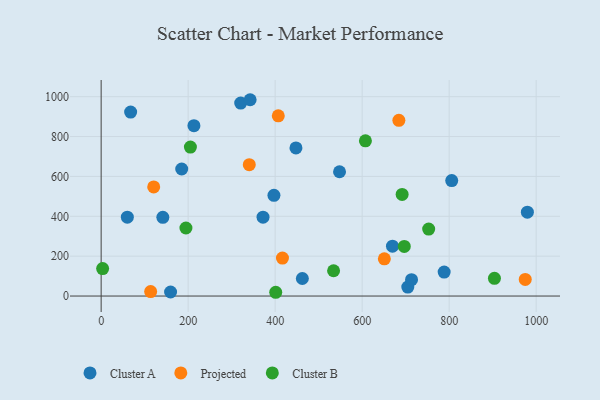
{"axis": {"x": "Investment", "y": "Profit"}, "legend": ["Cluster A", "Cluster B", "Projected"], "data": [{"x": "788.5", "y": 120.2, "type": "Cluster A"}, {"x": "979.8", "y": 420.7, "type": "Cluster A"}, {"x": "704.9", "y": 45.1, "type": "Cluster A"}, {"x": "159.6", "y": 20.3, "type": "Cluster A"}, {"x": "185.2", "y": 637.4, "type": "Cluster A"}, {"x": "397.2", "y": 505.2, "type": "Cluster A"}, {"x": "669.7", "y": 250.3, "type": "Cluster A"}, {"x": "67.8", "y": 922.9, "type": "Cluster A"}, {"x": "320.8", "y": 968.2, "type": "Cluster A"}, {"x": "372.1", "y": 395.8, "type": "Cluster A"}, {"x": "447.8", "y": 743.0, "type": "Cluster A"}, {"x": "141.8", "y": 394.9, "type": "Cluster A"}, {"x": "805.9", "y": 579.0, "type": "Cluster A"}, {"x": "213.3", "y": 854.7, "type": "Cluster A"}, {"x": "462.5", "y": 88.1, "type": "Cluster A"}, {"x": "548.0", "y": 623.5, "type": "Cluster A"}, {"x": "60.2", "y": 395.4, "type": "Cluster A"}, {"x": "713.5", "y": 81.9, "type": "Cluster A"}, {"x": "342.5", "y": 984.8, "type": "Cluster A"}, {"x": "407.2", "y": 903.8, "type": "Projected"}, {"x": "340.5", "y": 659.1, "type": "Projected"}, {"x": "684.4", "y": 881.5, "type": "Projected"}, {"x": "416.8", "y": 190.4, "type": "Projected"}, {"x": "651.0", "y": 186.8, "type": "Projected"}, {"x": "120.8", "y": 547.2, "type": "Projected"}, {"x": "974.9", "y": 83.4, "type": "Projected"}, {"x": "113.8", "y": 22.5, "type": "Projected"}, {"x": "752.9", "y": 336.1, "type": "Cluster B"}, {"x": "607.5", "y": 778.5, "type": "Cluster B"}, {"x": "696.8", "y": 248.8, "type": "Cluster B"}, {"x": "904.1", "y": 89.1, "type": "Cluster B"}, {"x": "534.3", "y": 127.0, "type": "Cluster B"}, {"x": "205.2", "y": 747.5, "type": "Cluster B"}, {"x": "194.9", "y": 341.3, "type": "Cluster B"}, {"x": "691.9", "y": 509.7, "type": "Cluster B"}, {"x": "3.4", "y": 137.7, "type": "Cluster B"}, {"x": "401.3", "y": 18.9, "type": "Cluster B"}]}